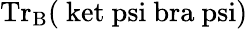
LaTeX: \mathrm{{Tr}_{B}(\ ket{\ psi}\ bra{\ psi})}